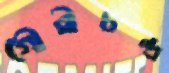
গৌরীচন্দ্র